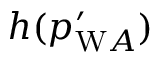
h ( p _ { \mathrm { W } A } ^ { \prime } )